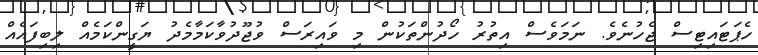
ހެޕަޓައިޓިސް ޖެހުނެވެ. ނަމަވެސް އިތުރު ހޯދުންތަކުން މި ވައިރަސް ވުޖޫދުވާކަމާމެދު ޔަގީންކަމެއް ލިބިފައެއް